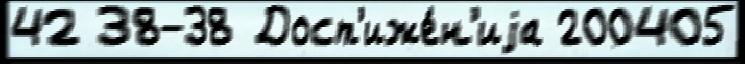
42 38-38 Дост'иже́н'иjа 200405